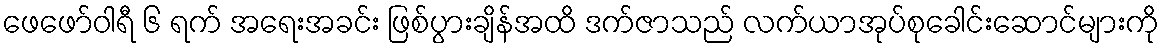
ဖေဖော်ဝါရီ ၆ ရက် အရေးအခင်း ဖြစ်ပွားချိန်အထိ ဒက်ဇာသည် လက်ယာအုပ်စုခေါင်းဆောင်များကို